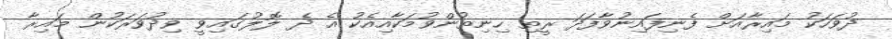
ދުވަހަކު މައިރާއަށް ފެނިފައިނުވާފަދަ ރީތި ހިނިތުންވުމަކާއިއެކު އެ ދެ ލޮލުގައިވީ ވިދުވަރަކުން މައިރާ